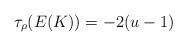
LaTeX: \begin{align*}\tau_\rho(E(K))=-2(u-1)\end{align*}